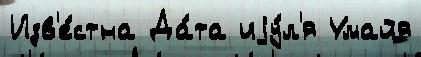
Изв'е́стна Да́та иjу́л'я Умайя